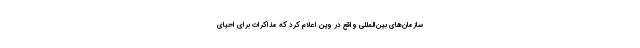
سازمان‌های بین‌المللی واقع در وین اعلام کرد که مذاکرات برای احیای